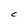
Character: C